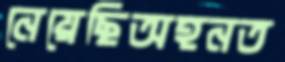
নেয়েছিঅহনত